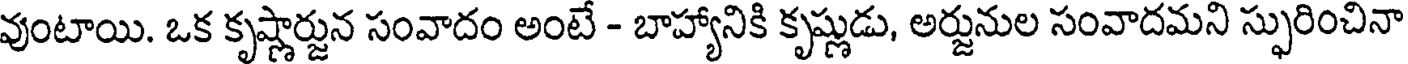
వుంటాయి. ఒక కృష్ణార్జున సంవాదం అంటే - బాహ్యానికి కృష్ణుడు, అర్జునుల సంవాదమని స్ఫురించినా